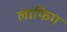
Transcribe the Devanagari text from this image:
लाफिग